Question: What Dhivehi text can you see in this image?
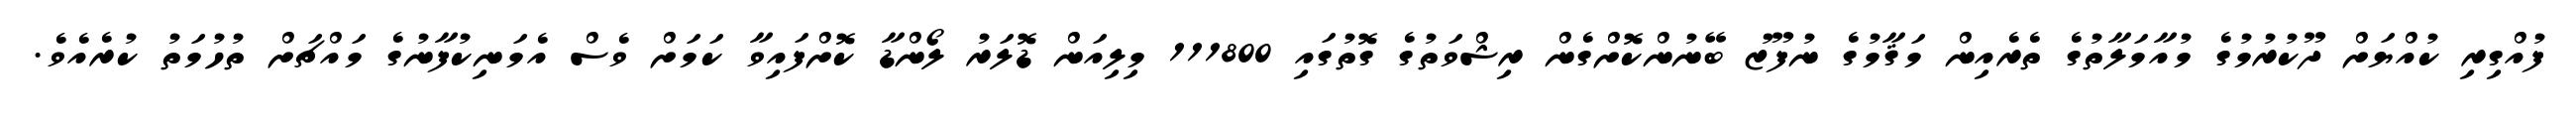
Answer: ފުއްގިރި ކުއްޔަށް ދޫކުރުމުގެ މުއާމަލާތުގެ ތެރެއިން މަޤާމުގެ ނުފޫޒު ބޭނުންކޮށްގެން ރިޝްވަތުގެ ގޮތުގައި 111800 މިލިއަން ޑޮލަރު ލޯންޑާ ކޮށްފައިވާ ކަމަށް ވެސް އެމަނިކުފާނުގެ މައްޗަށް ތުހުމަތު ކުރެއެވެ.